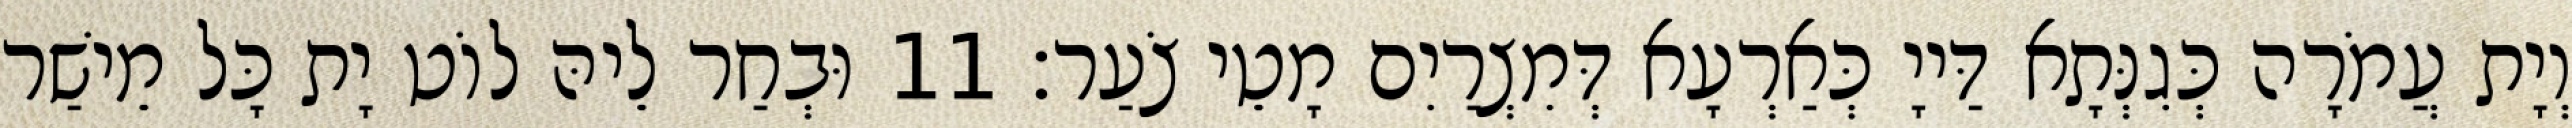
וְיָת עֲמֹרָה כְּגִנְּתָא דַּייָ כְּאַרְעָא דְּמִצְרַיִם מָטֵי צֹעַר׃ 11 וּבְחַר לֵיהּ לוֹט יָת כָּל מֵישַׁר